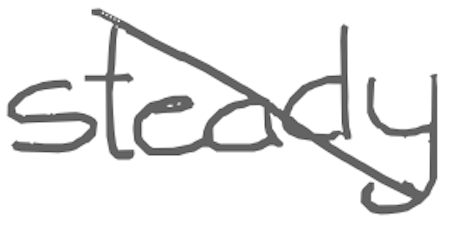
Text: steady
Cross-out: diagonal
Writing tool: digital_gray